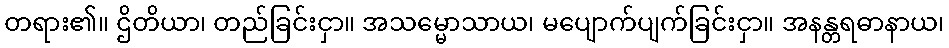
တရား၏။ ဌိတိယာ၊ တည်ခြင်းငှာ။ အသမ္မောသာယ၊ မပျောက်ပျက်ခြင်းငှာ။ အနန္တရဓာနာယ၊